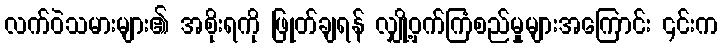
လက်ဝဲသမားများ၏ အစိုးရကို ဖြုတ်ချရန် လျှို့ဝှက်ကြံစည်မှုများအကြောင်း ၎င်းက